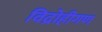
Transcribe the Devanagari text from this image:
विद्रोहीगण